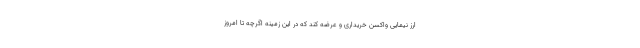
ارز نیمایی واکسن خریداری و عرضه کند که در این زمینه اگرچه تا امروز